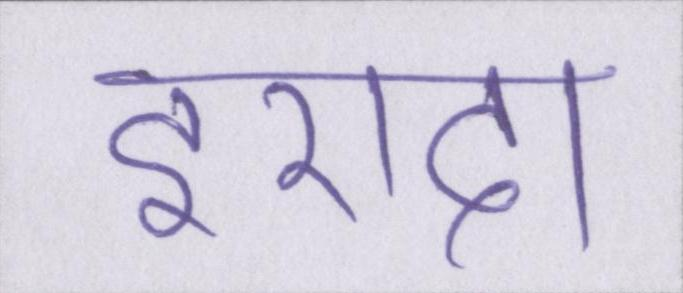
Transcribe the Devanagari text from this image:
इरादा